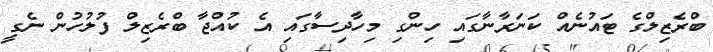
ބްރެޒިލްގެ ޓައުނެއް ކަނަރާނާގައި ހިންގި މިހާދިސާގައި އެ ކުއްޖާ ބްރެޒިލް ފުލުހުން ނެގީ